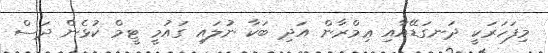
މިފަހަރަކީ ދަނގަޑޭއާއި ޢިމްރާން އަދި ބަކާ ނުލައި ގައުމީ ޓީމް ކުޅެން ދަސް